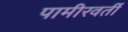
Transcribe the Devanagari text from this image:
पामीरवर्ती